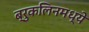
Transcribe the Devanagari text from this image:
ब्रुकलिनमध्ये